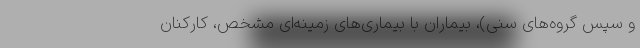
و سپس گروه‌های سنی)، بیماران با بیماری‌های زمینه‌ای مشخص، کارکنان